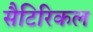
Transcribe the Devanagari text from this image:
सैटिरिकल